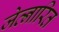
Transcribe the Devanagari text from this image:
जेव्नारित